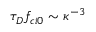
\tau _ { D } f _ { c i 0 } \sim \kappa ^ { - 3 }